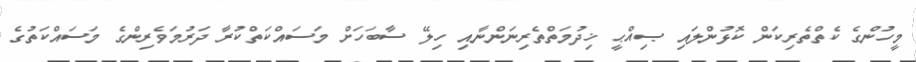
މީހުންގެ ކެތްތެރިކަން ކޮޅުންލައި ޞިއްޙީ ޚިދުމަތްތެރިނަންނާއި ހިލޭ ސާބަހަށް މަސައްކަތްކުރާ ދަރުމަވެރިންގެ މަސައްކަތުގެ